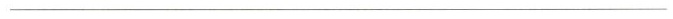
___